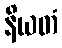
နိယတံ